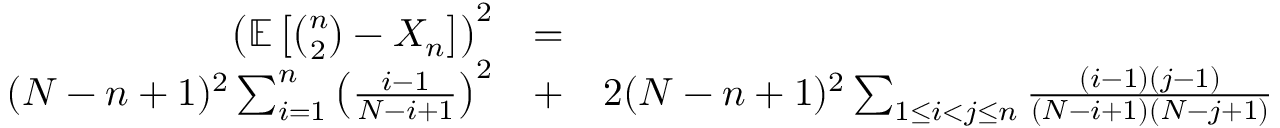
\begin{array} { r l r } { \left( { \mathbb E } \left[ { \binom { n } { 2 } } - X _ { n } \right] \right) ^ { 2 } } & { = } & \\ { ( N - n + 1 ) ^ { 2 } \sum _ { i = 1 } ^ { n } \left( \frac { i - 1 } { N - i + 1 } \right) ^ { 2 } } & { + } & { 2 ( N - n + 1 ) ^ { 2 } \sum _ { 1 \leq i < j \leq n } \frac { ( i - 1 ) ( j - 1 ) } { ( N - i + 1 ) ( N - j + 1 ) } } \end{array}